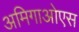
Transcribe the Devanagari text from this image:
अमिगाओएस